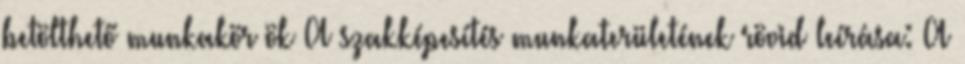
betölthető munkakör ök A szakképesítés munkaterületének rövid leírása: A